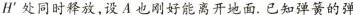
H^{\prime} 处同时释放，设A也刚好能离开地面. 已知弹簧的弹